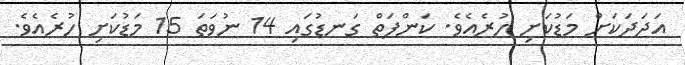
އަދަދަކަށް މަޑުކަށި ހުރެއެވެ. ކަންފަތް ގަނޑުގައި 14 ނުވަތަ 15 މަޑުކަށި ހުރެއެވެ.